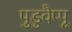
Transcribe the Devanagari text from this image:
पुडुवैप्पू